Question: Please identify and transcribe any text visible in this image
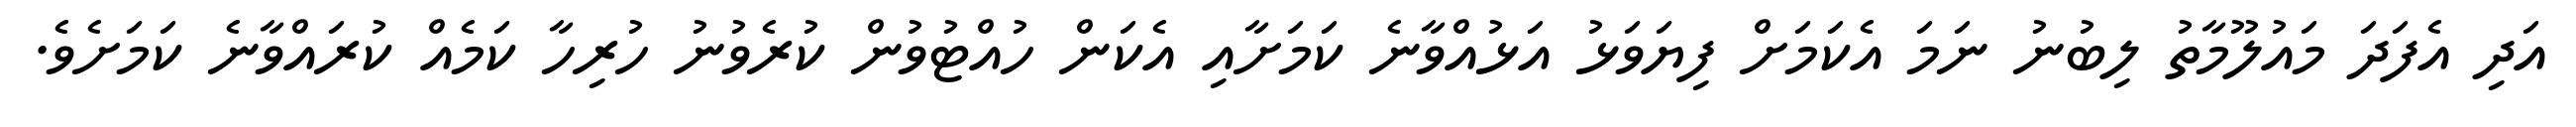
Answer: އަދި އެފަދަ މައުލޫމާތު ލިބުނު ނަމަ އެކަމަށް ފިޔަވަޅު އަޅުއްވާނެ ކަމަށާއި އެކަން ހުއްޓުވުން ކުރެވުނު ހުރިހާ ކަމެއް ކުރައްވާނެ ކަމަށެވެ.